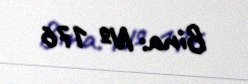
Bina: № 176